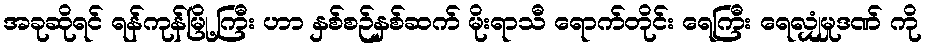
အခုဆိုရင် ရန်ကုန်မြို့ကြီး ဟာ နှစ်စဉ်နှစ်ဆက် မိုးရာသီ ရောက်တိုင်း ရေကြီး ရေလျှံမှုဒဏ် ကို